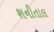
શનીતાલ